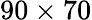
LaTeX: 90\times 70